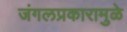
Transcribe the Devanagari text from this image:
जंगलप्रकारामुळे